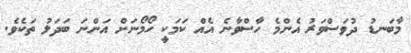
މާބަނޑު ދުވަސްވަރު އެންމެ ހާސްވާނެ އެއް ކަމަކީ ހޯމޯނަށް އަންނަ ބަދަލު ތަކެވެ.